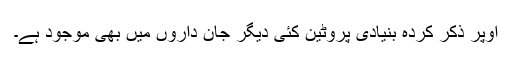
اوپر ذکر کردہ بنیادی پروٹین کئی دیگر جان داروں میں بھی موجود ہے۔